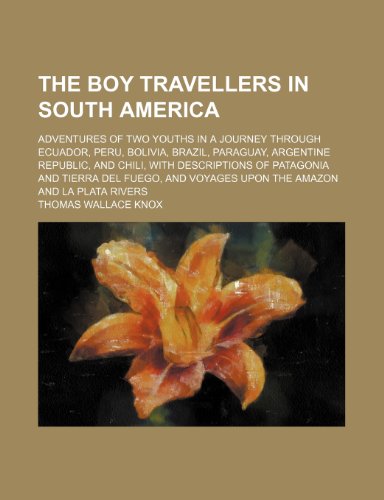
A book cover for The Boy Travellers in South America; Adventures of Two Youths in a Journey Through Ecuador, Peru, Bolivia, Brazil, Paraguay, Argentine Republic, and C; Thomas Wallace Knox; Travel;